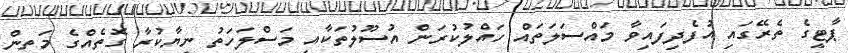
ޕާޓީގެ ތެރޭގައި އުފެދިފައިވާ މައްސަލަތައް ހައްލުކުރަން އުސޫލުތަކާއި މަސްލަހަތު ނިޔާކުރާ ގޮތެއްގެ މަތިން